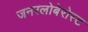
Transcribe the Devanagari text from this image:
जनरलोबेरोस्ट